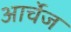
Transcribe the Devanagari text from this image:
आर्चेज